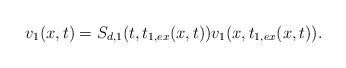
LaTeX: \begin{align*} v_1(x,t)&=S_{d,1}(t,t_{1,ex}(x,t))v_1(x,t_{1,ex}(x,t)).\end{align*}